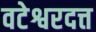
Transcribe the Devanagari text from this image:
वटेश्वरदत्त